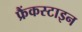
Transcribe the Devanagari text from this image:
फ्रैंकस्टाइन